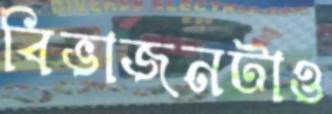
বিভাজনটাও